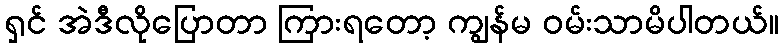
ရှင် အဲဒီလိုပြောတာ ကြားရတော့ ကျွန်မ ဝမ်းသာမိပါတယ်။